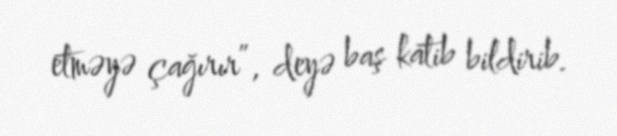
etməyə çağırır”, deyə baş katib bildirib.